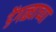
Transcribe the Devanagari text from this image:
डेंगळ्याच्या